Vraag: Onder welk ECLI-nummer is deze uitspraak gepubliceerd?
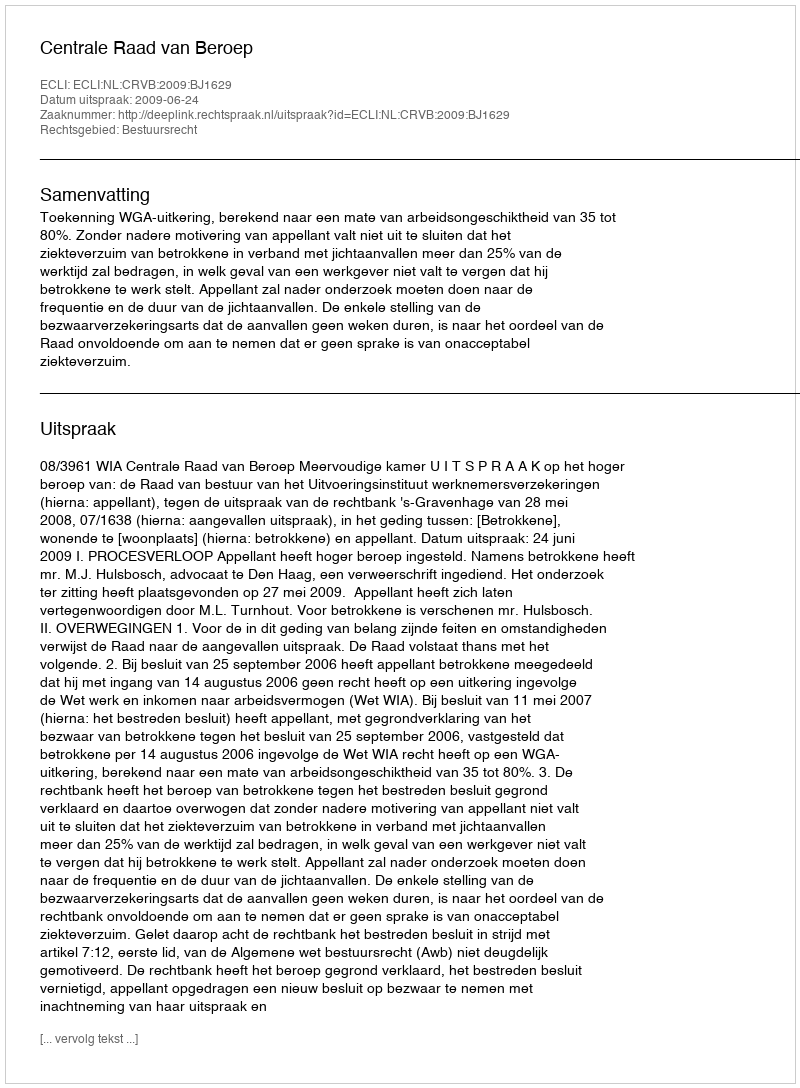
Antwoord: ECLI:NL:CRVB:2009:BJ1629